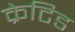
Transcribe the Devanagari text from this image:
क्रेटिड